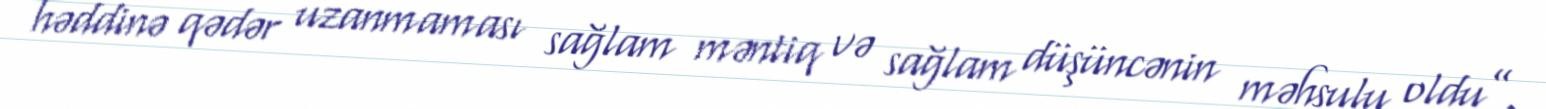
həddinə qədər uzanmaması sağlam məntiq və sağlam düşüncənin məhsulu oldu”.